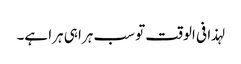
لہذا فی الوقت تو سب ہرا ہی ہرا ہے۔